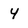
Character: 4